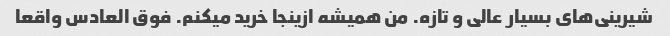
شیرینی‌های بسیار عالی و تازه. من همیشه ازینجا خرید میکنم. فوق العادس واقعا